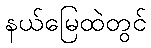
နယ်မြေထဲတွင်